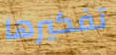
تفكيرها